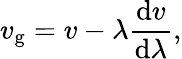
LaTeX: v_{\mathrm{g}}=v-\lambda{\frac{\mathrm{d}v}{\mathrm{d}\lambda}},